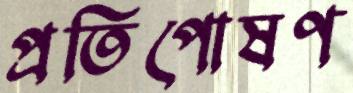
প্রতিপোষণ